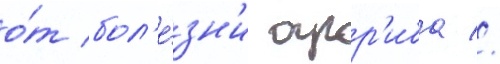
о́т бол'е́зн'и арр'иба //